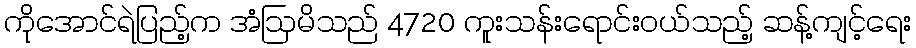
ကိုအောင်ရဲပြည့်က အံဩမိသည် 4720 ကူးသန်းရောင်းဝယ်သည့် ဆန့်ကျင့်ရေး